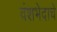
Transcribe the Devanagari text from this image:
वंशभेदाचे